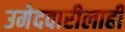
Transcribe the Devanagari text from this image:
उमेदवारीलाही